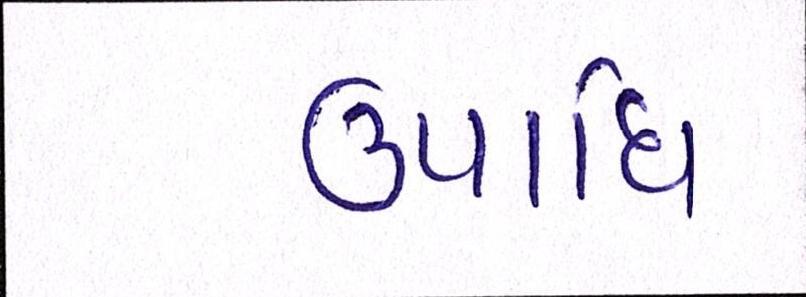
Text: ઉપાધિ